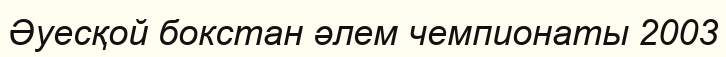
Әуесқой бокстан әлем чемпионаты 2003